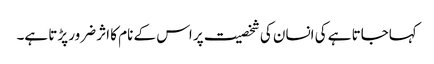
کہاجاتا ہے کی انسان کی شخصیت پر اس کے نام کا اثر ضرور پڑتا ہے۔